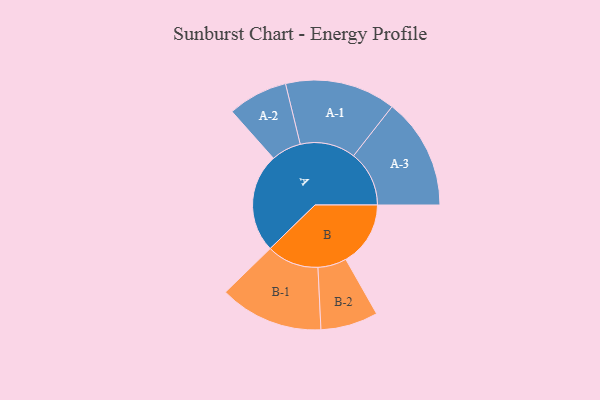
{"axis": {"x": "Segment", "y": "Value"}, "legend": ["", "A", "B"], "data": [{"x": "A", "y": 490, "type": ""}, {"x": "B", "y": 320, "type": ""}, {"x": "A-1", "y": 274, "type": "A"}, {"x": "A-2", "y": 148, "type": "A"}, {"x": "A-3", "y": 275, "type": "A"}, {"x": "B-1", "y": 257, "type": "B"}, {"x": "B-2", "y": 142, "type": "B"}]}